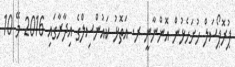
ޕުރޮޕޯސަލް ހުށަހެޅުން އޮންނާނީ ރ. އަތޮޅު ކައުންސިލްގެ އިދާރާގައި 2016 މޭ 10